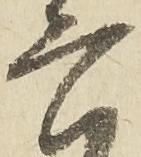
六